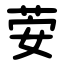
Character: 荌